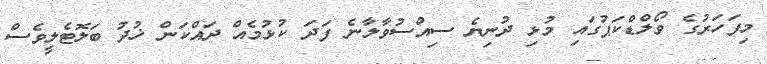
މިފަހަރުގެ ވޯލްޑްކަޕުގައި މުޅި ދުނިޔެ ސިއްސުވާލާނެ ފަދަ ކުޅުމެއް ދައްކަން ޚުދު ބަލޮޓެލީވެސް